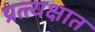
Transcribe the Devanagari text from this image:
प्रत्त्यक्षात